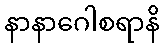
နာနာဂေါစရာနိ